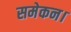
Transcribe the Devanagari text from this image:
समेकन।